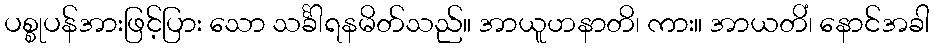
ပစ္စုပန်အားဖြင့်ပြား သော သင်္ခါရနမိတ်သည်။ အာယူဟနာတိ၊ ကား။ အာယတိံ၊ နောင်အခါ